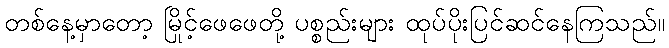
တစ်နေ့မှာတော့ မြိုင့်ဖေဖေတို့ ပစ္စည်းများ ထုပ်ပိုးပြင်ဆင်နေကြသည်။